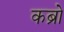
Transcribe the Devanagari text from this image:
कब्रो